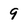
Character: 9